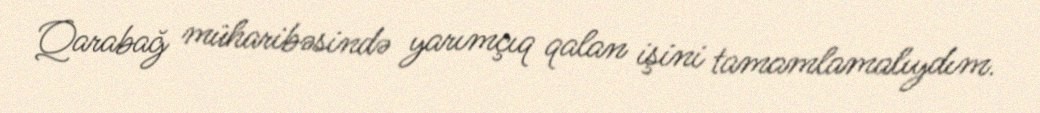
Qarabağ müharibəsində yarımçıq qalan işini tamamlamalıydım.